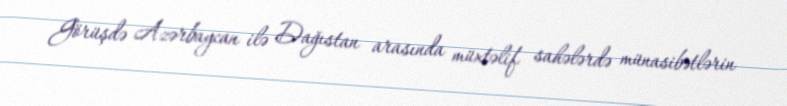
Görüşdə Azərbaycan ilə Dağıstan arasında müxtəlif sahələrdə münasibətlərin